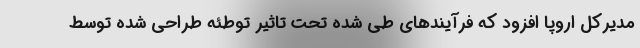
مدیرکل اروپا افزود که فرآیندهای طی شده تحت تاثیر توطئه طراحی شده توسط